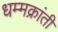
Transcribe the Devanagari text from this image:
धम्मक्रांती